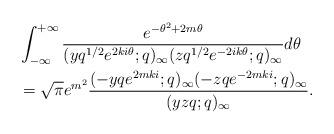
LaTeX: \begin{align*}&\int_{-\infty}^{+\infty} \frac{e^{-\theta^2+2m\theta}}{(yq^{1/2}e^{2ki \theta};q)_{\infty} (zq^{1/2}e^{-2ik\theta};q)_{\infty}} d \theta \\& =\sqrt{\pi} e^{m^2} \frac{(-yqe^{2mki};q)_{\infty} (-zqe^{-2mki};q)_{\infty}}{(yzq;q)_{\infty}}.\end{align*}